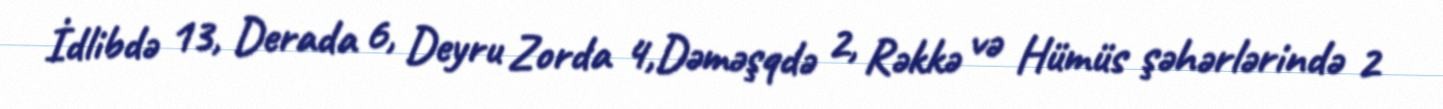
İdlibdə 13, Derada 6, Deyru Zorda 4,Dəməşqdə 2, Rəkkə və Hümüs şəhərlərində 2